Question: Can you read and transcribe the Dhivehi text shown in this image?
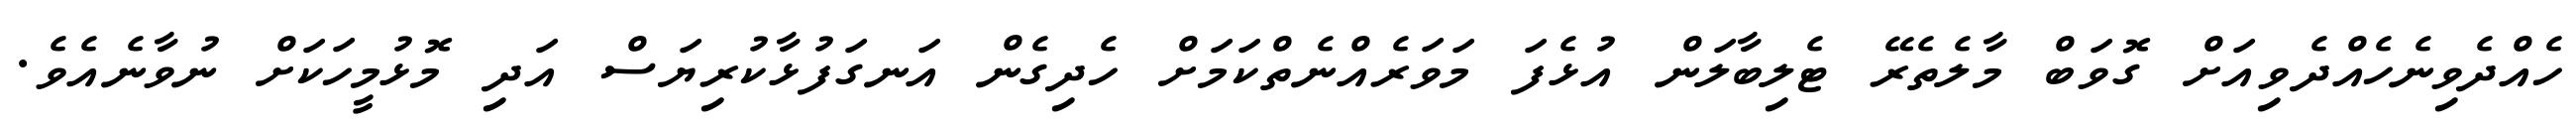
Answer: ހެއްދެވިނެހެއްދެވިއަށް ގޮވަބް މާލެތެރޭ ޓެލިބާލަން އުޅެފަ މަވަރެއްނެތްކަމަށް ހެދިގެން އަނގަފުޅާކުރިޔަސް އަދި މޮޅުމީހަކަށް ނުވާނެއެވެ.